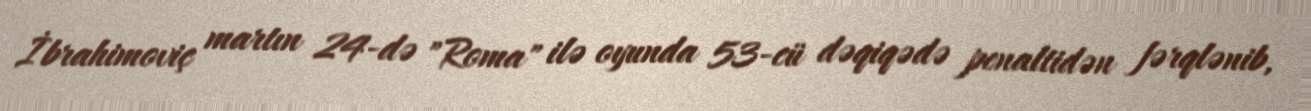
İbrahimoviç martın 24-də "Roma" ilə oyunda 53-cü dəqiqədə penaltidən fərqlənib,